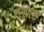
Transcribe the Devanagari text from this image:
एस्ट्रोएल